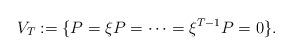
LaTeX: \begin{align*} V_T := \{ P=\xi P = \cdots = \xi^{T-1} P = 0 \}. \end{align*}